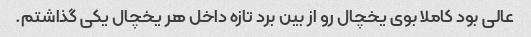
عالی بود کاملا بوی یخچال رو از بین برد تازه داخل هر یخچال یکی گذاشتم.